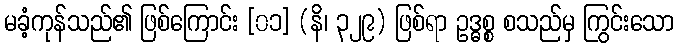
မခံ့ကုန်သည်၏ ဖြစ်ကြောင်း [၀၁] (နိ၊ ၃၂၉) ဖြစ်ရာ ဥဒ္ဓစ္စ စသည်မှ ကြွင်းသော